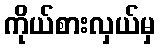
ကိုယ်စားလှယ်မှ